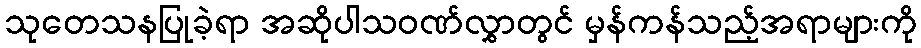
သုတေသနပြုခဲ့ရာ အဆိုပါသဝဏ်လွှာတွင် မှန်ကန်သည့်အရာများကို